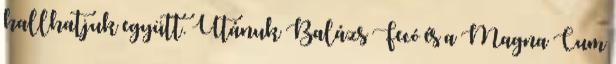
hallhatjuk együtt. Utánuk Balázs Fecó és a Magna Cum